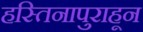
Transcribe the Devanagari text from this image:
हस्तिनापुराहून